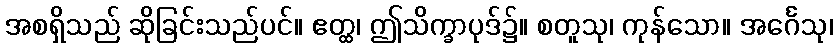
အစရှိသည် ဆိုခြင်းသည်ပင်။ ဧတ္ထ၊ ဤသိက္ခာပုဒ်၌။ စတူသု၊ ကုန်သော။ အင်္ဂေသု၊